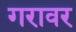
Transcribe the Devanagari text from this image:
गरावर